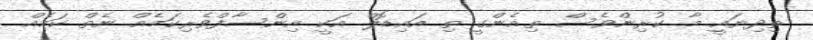
ތިދިޔައީ މާ ކުރިންވެސް ތިއެންގީ ތި އައިޑޮލް އަކީ އިންސާފްވެރިކަމެއް ނެތް ކަމެއް